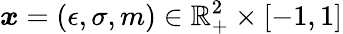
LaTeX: \boldsymbol{x}=(\epsilon,\sigma,m)\in\mathbb{R}_{+}^{2}\times[-1,1]